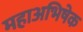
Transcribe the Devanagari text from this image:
महाअभिषेक